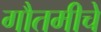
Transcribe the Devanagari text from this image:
गौतमीचे